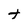
Character: t